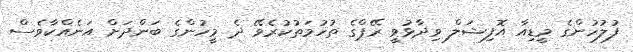
ފުލުހުންގެ މީޑިއާ އޮފިޝަލް ވިދާޅުވީ ރޭޕްގެ ތުހުމަތުކުރެވޭ ދެ މީހުންގެ ބަންދަށް އަނެއްކާވެސް